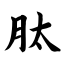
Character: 肽